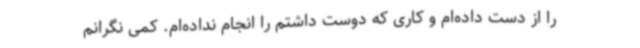
را از دست داده‌ام و کاری که دوست داشتم را انجام نداده‌ام. کمی نگرانم